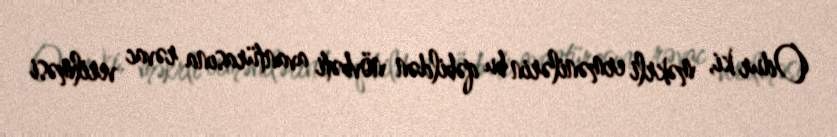
Odur ki, məkrli ermənilərin bu qəbildən növbəti avantürasına rəvac verilməsi